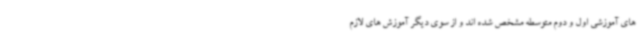
های آموزشی اول و دوم متوسطه مشخص شده اند و از سوی دیگر آموزش های لازم